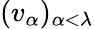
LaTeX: (v_{\alpha})_{\alpha<\lambda}